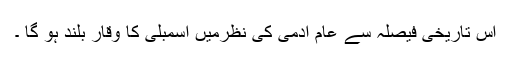
اس تاریخی فیصلہ سے عام آدمی کی نظرمیں اسمبلی کا وقار بلند ہو گا ۔